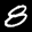
Label: 8